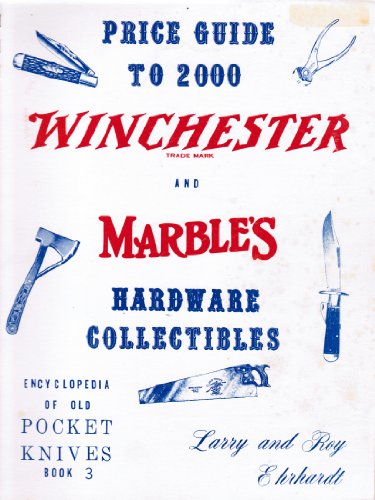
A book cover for Price Guide to 2000 Winchester and Marble's Hardware Collectibles; Larry Ehrhardt; Crafts, Hobbies & Home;